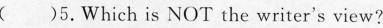
（ )5,Which is NOT the writer's view?